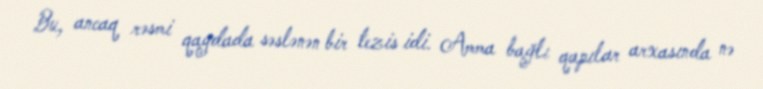
Bu, ancaq rəsmi qaydada səslənən bir tezis idi. Amma bağlı qapılar arxasında nə